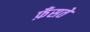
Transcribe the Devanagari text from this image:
फ़ँसते